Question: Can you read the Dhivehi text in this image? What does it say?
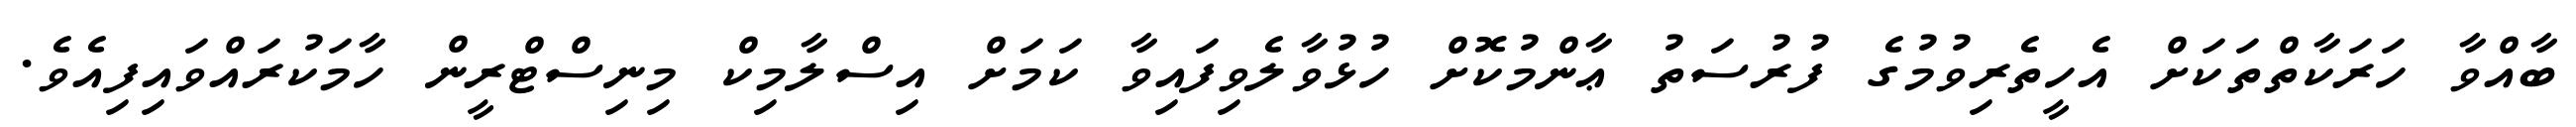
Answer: ބާއްވާ ހަރަކާތްތަކަށް އެހީތެރިވުމުގެ ފުރުސަތު ޢާންމުކޮށް ހުޅުވާލެވިފައިވާ ކަމަށް އިސްލާމިކް މިނިސްޓްރީން ހާމަކުރައްވައިފިއެވެ.